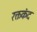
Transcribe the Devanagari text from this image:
रक्तकंद